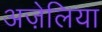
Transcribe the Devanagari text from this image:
अज़ेलिया